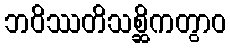
ဘဝိဿတိသစ္ဆိကတွာဝ